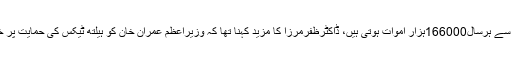
پاکستان میں23.9 ملین افراد تمباکو کا استعمال کرتے ہیں دنیا بھر میں تمباکو کے استعمال سے ہرسال166000ہزار اموات ہوتی ہیں، ڈاکٹرظفرمرزا کا مزید کہنا تھا کہ وزیراعظم عمران خان کو ہیلتھ ٹیکس کی حمایت پر خراج تحسین پیش کرتا ہوں، ہیلتھ ٹیکس سے حاصل ریونیو ہیلتھ بجٹ کے لیے مختص ہوگا۔